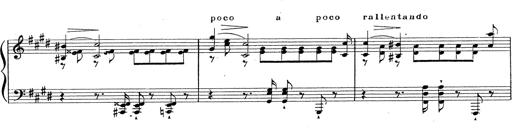
Title: Grosses Konzertsolo
Composer: Franz Liszt